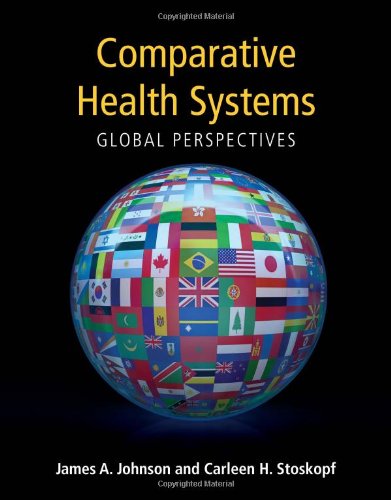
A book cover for Hidden: Global Perspectives; James A. Johnson; Medical Books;